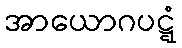
အာယောဂပဋ္ဋံ